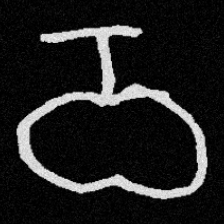
Pyu character \u2014 Myanmar letter: ဝ (romanized: wa)